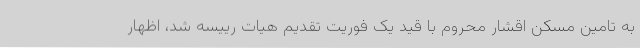
به تامین مسکن اقشار محروم با قید یک فوریت تقدیم هیات رییسه شد، اظهار